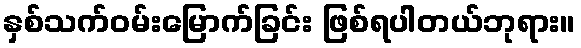
နှစ်သက်ဝမ်းမြောက်ခြင်း ဖြစ်ရပါတယ်ဘုရား။